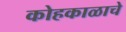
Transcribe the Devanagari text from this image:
कोहकाळाचे